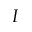
{ \boldsymbol I }